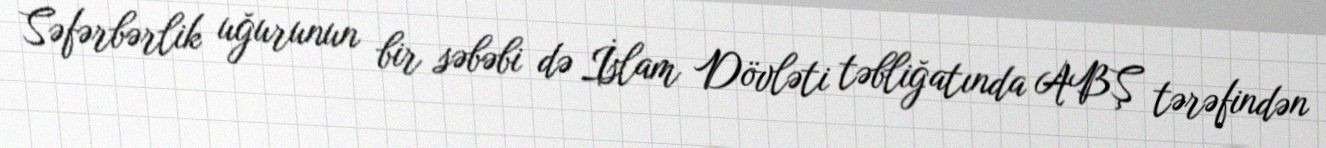
Səfərbərlik uğurunun bir səbəbi də İslam Dövləti təbliğatında ABŞ tərəfindən